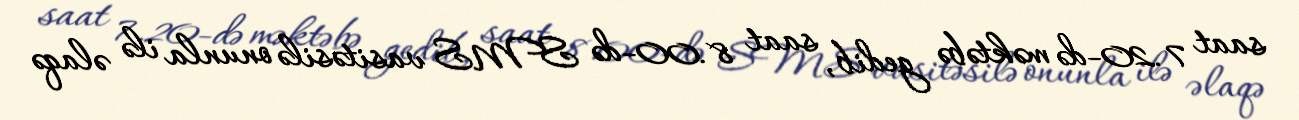
saat 7.20-də məktəbə gedib, saat 8.00-də SMS vasitəsilə onunla ilə əlaqə